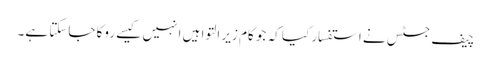
چیف جسٹس نے استفسار کیا کہ جو کام زیر التوا ہیں انہیں کیسے روکا جاسکتا ہے۔